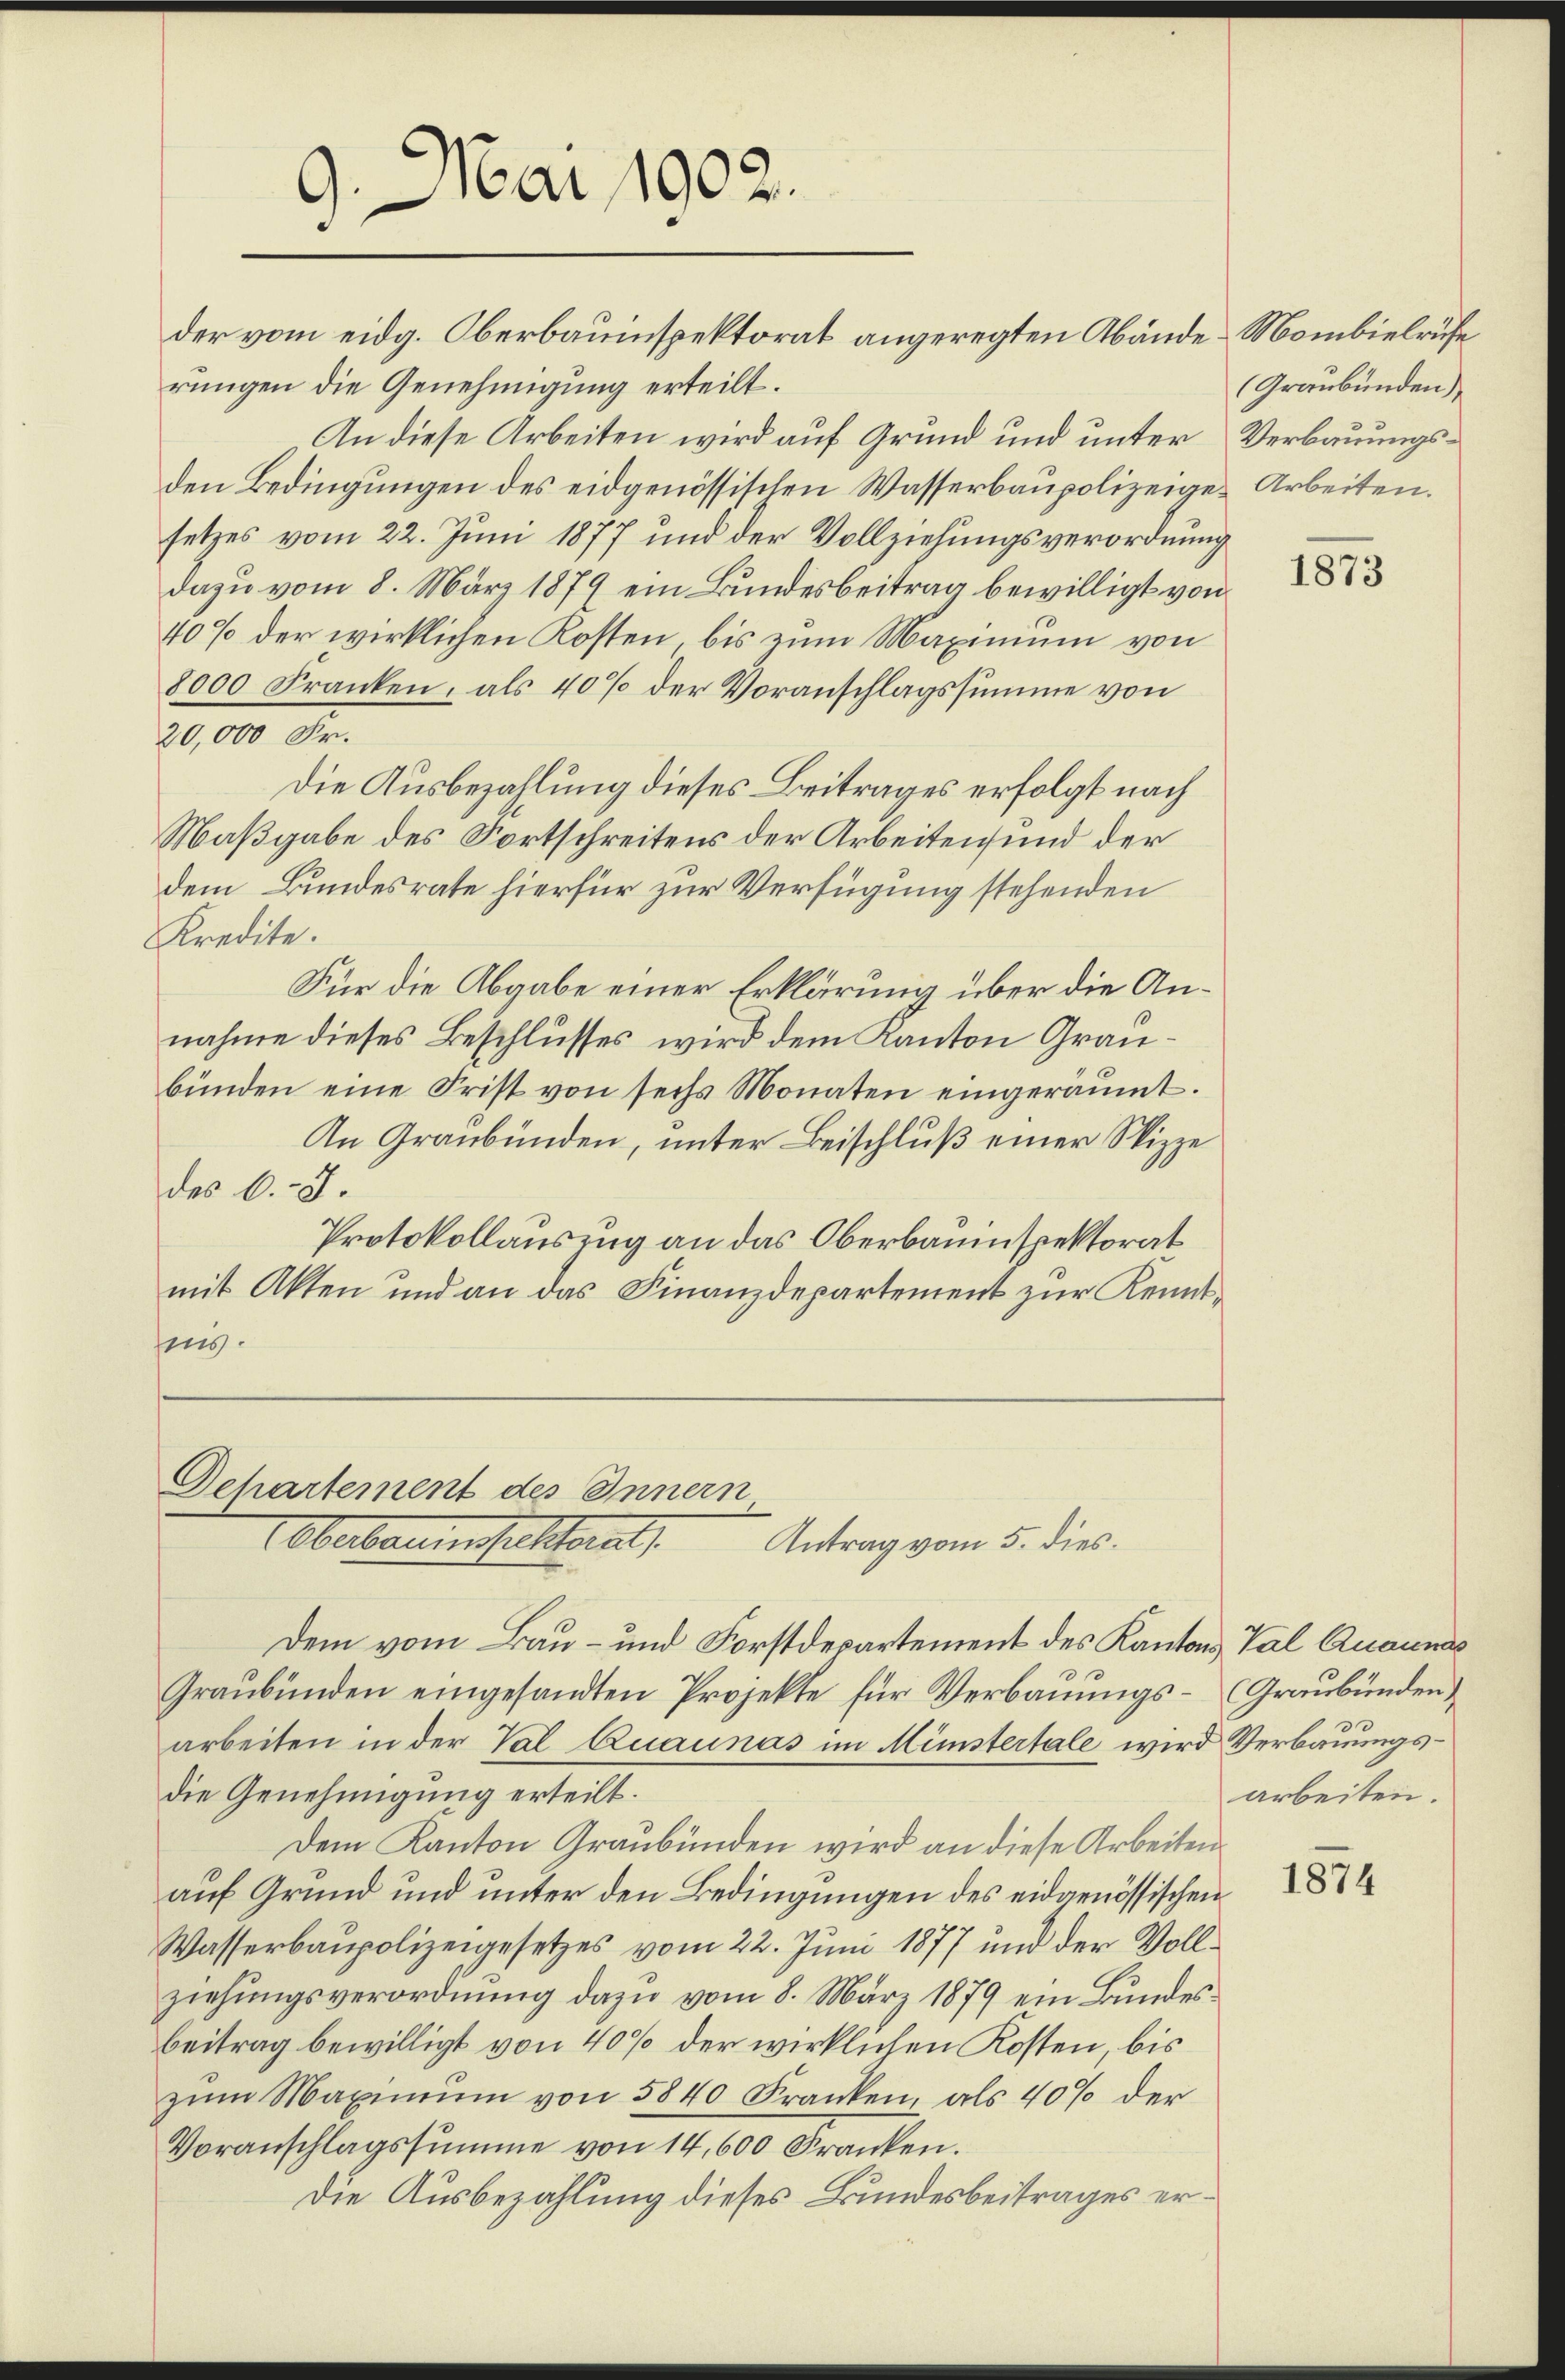
der vom eidg. Oberbauinspektorat angeregten Abände Mombielrufe
rungen die Genehmigung erteilt.
An diese Arbeiten wird auf Grund und unter Verbauungsden Bedingungen des eidgenössischen Wasserbaupolizeige Arbeiten.
setzes vom 22. Juni 1877 und der Vollziehungsverordnung
dazu vom 8. März 1879 ein Bundesbeitrag bewilligt von
40% der wirklichen Kosten, bis zum Maximum von
8000 Franken, als 40% der Voranschlagssumme von
20,000 Fr.
Die Ausbezahlung dieses Beitrages erfolgt nach
Maßgabe des Fortschreitens der Arbeitens und der
dem Bundesrate hierfür zur Verfügung stehenden
Kredite.
Für die Abgabe einer Erklärung über die Annahme dieses Beschlusses wird dem Kanton Graubünden eine Frist von sechs Monaten eingeräumt.
An Graubünden, unter Beischluß einer Skizze
des C. S.
Protokollauszug an das Oberbauinspektorat
mit Akten und an das Finanzdepartement zur Kenntins.

9. Mai 1902.
1

Departement des Innern
Oberaumesselterat,
Antrag vom 5. dies.

Dem vom Bau- und Forstdepartement des Kantons, Val Quaunas
Graubünden eingesandten Projekte für Verbauungs- (Graubünden
arbeiten in der Val Quaunás im Mistertale wird Verbauungsdie Genehmigung erteilt.
Dem Kanton Graubünden wird an diese Arbeiten
auf Grund und unter den Bedingungen des eidgenössischen
Wasserbaupolizeigesetzes vom 22. Juni 1877 und der Vollziehungsverordnung dazu vom 8. März 1879 ein Bundes¬
Beitrag bewilligt von 40% der wirklichen Kosten, bis
zum Maximum von 5840 Franken, als 40% der
Voranschlagssumme von 14,600 Kranken.
Die Ausbezahlung dieses Bundesbeitrages er¬

Graubünden

1873

arbeiten.

1874